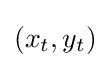
{\textstyle (x_{t},y_{t})}